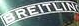
BREITLINS